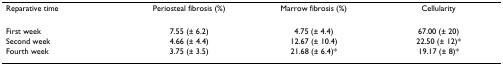
<table><thead><tr><td><b>Reparative time</b></td><td><b>Periosteal fibrosis (%)</b></td><td><b>Marrow fibrosis (%)</b></td><td><b>Cellularity</b></td></tr></thead><tbody><tr><td>First week</td><td>7.55 (± 6.2)</td><td>4.75 (± 4.4)</td><td>67.00 (± 20)</td></tr><tr><td>Second week</td><td>4.66 (± 4.4)</td><td>12.67 (± 10.4)</td><td>22.50 (± 12)*</td></tr><tr><td>Fourth week</td><td>3.75 (± 3.5)</td><td>21.68 (± 6.4)*</td><td>19.17 (± 8)*</td></tr></tbody></table>